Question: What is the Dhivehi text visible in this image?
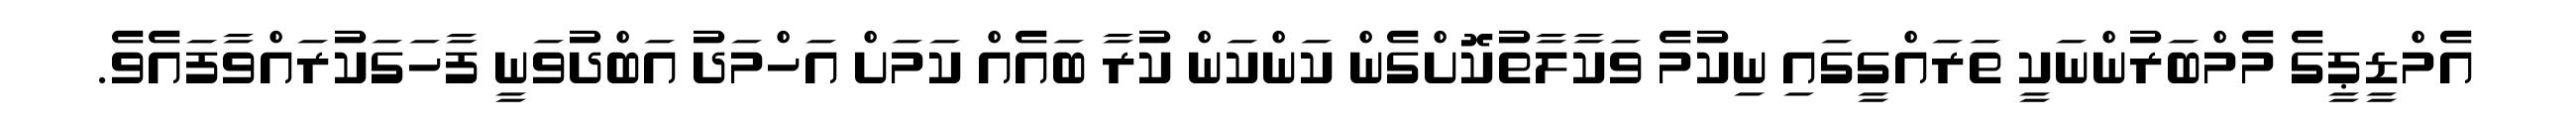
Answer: އެމްޑީޕީގެ މެމްބަރުންނަކީ ތަރައްގީގައި ނިކުމެ ވަކާލާތުކޮށްގެން ކަންކަން ކުރާ ބައެއް ކަމަށް އަހްމަދު އަބްދުވަނީ ފާހަގަކުރައްވާފައެވެ.